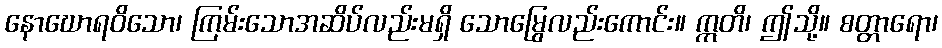
နောဃောရဝိသော၊ ကြမ်းသောအဆိပ်လည်းမရှိ သောမြွေလည်းကောင်း။ ဣတိ၊ ဤသို့။ စတ္တာရော၊